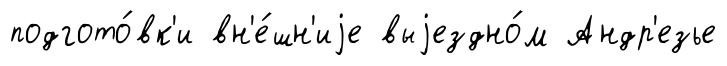
подгото́вк'и вн'е́шн'иjе выjездно́м Андр'езье